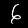
Label: 6